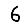
Digit: 6